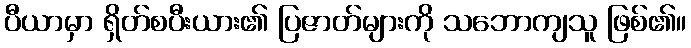
ပီယာမှာ ရှိတ်စပီးယား၏ ပြဇာတ်များကို သဘောကျသူ ဖြစ်၏။